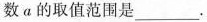
数a的取值范围是___.